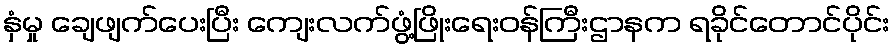
နှံမှု ချေဖျက်ပေးပြီး ကျေးလက်ဖွံ့ဖြိုးရေးဝန်ကြီးဌာနက ရခိုင်တောင်ပိုင်း